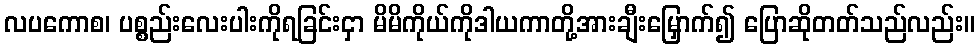
လပကောစ၊ ပစ္စည်းလေးပါးကိုရခြင်းငှာ မိမိကိုယ်ကိုဒါယကာတို့အားချီးမြှောက်၍ ပြောဆိုတတ်သည်လည်း။